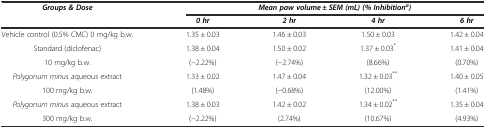
<table><thead><tr><td rowspan="2"><b><i>Groups &amp; Dose</i></b></td><td colspan="4"><b><i>Mean paw volume ± SEM (mL) (% Inhibition</i><sup><i>a</i></sup><i>)</i></b></td></tr><tr><td><b><i>0 hr</i></b></td><td><b><i>2 hr</i></b></td><td><b><i>4 hr</i></b></td><td><b><i>6 hr</i></b></td></tr></thead><tbody><tr><td>Vehicle control (0.5% CMC) 0 mg/kg b.w.</td><td>1.35 ± 0.03</td><td>1.46 ± 0.03</td><td>1.50 ± 0.03</td><td>1.42 ± 0.04</td></tr><tr><td>Standard (diclofenac)</td><td>1.38 ± 0.04</td><td>1.50 ± 0.02</td><td>1.37 ± 0.03<sup>*</sup></td><td>1.41 ± 0.04</td></tr><tr><td>10 mg/kg b.w.</td><td>(-2.22%)</td><td>(-2.74%)</td><td>(8.66%)</td><td>(0.70%)</td></tr><tr><td><i>Polygonum minus</i> aqueous extract</td><td>1.33 ± 0.02</td><td>1.47 ± 0.04</td><td>1.32 ± 0.03<sup>**</sup></td><td>1.40 ± 0.05</td></tr><tr><td>100 mg/kg b.w.</td><td>(1.48%)</td><td>(-0.68%)</td><td>(12.00%)</td><td>(1.41%)</td></tr><tr><td><i>Polygonum minus</i> aqueous extract</td><td>1.38 ± 0.03</td><td>1.42 ± 0.02</td><td>1.34 ± 0.02<sup>**</sup></td><td>1.35 ± 0.04</td></tr><tr><td>300 mg/kg b.w.</td><td>(-2.22%)</td><td>(2.74%)</td><td>(10.67%)</td><td>(4.93%)</td></tr></tbody></table>